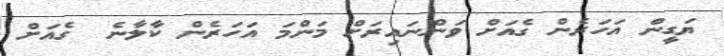
ޔަގީން އަހަރެން ގެއަށް ވަންނައިރަށް މަންމަ އަހަރެން ކާލާނެ  ގެއަށް